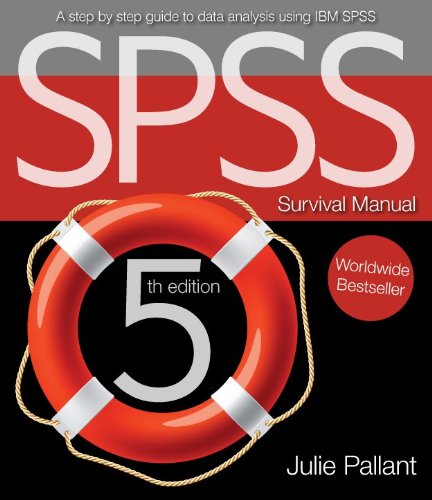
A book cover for SPSS Survival Manual: A Step by Step Guide to Data Analysis Using IBM Spss; Julie Pallant; Computers & Technology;